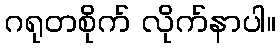
ဂရုတစိုက် လိုက်နာပါ။